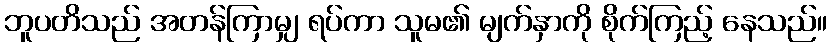
ဘူပတိသည် အတန်ကြာမျှ ရပ်ကာ သူမ၏ မျက်နှာကို စိုက်ကြည့် နေသည်။